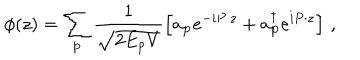
\phi ( z ) = \sum _ { \bf p } \frac { 1 } { \sqrt { 2 E _ { p } V } } \left[ a _ { \bf p } e ^ { - i P \cdot z } + a _ { \bf p } ^ { \dagger } e ^ { i P \cdot z } \right] \, ,